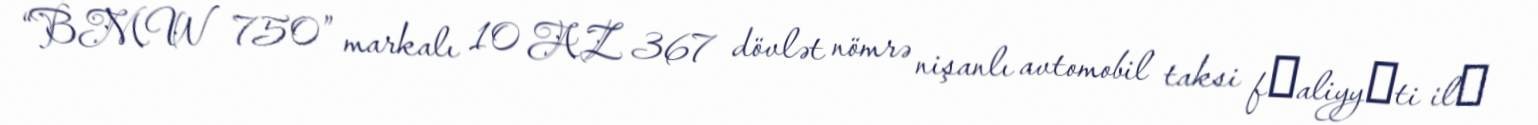
“BMW 750” markalı 10 AZ 367 dövlət nömrə nişanlı avtomobil taksi fәaliyyәti ilә